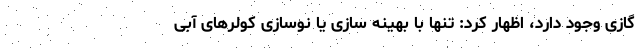
گازی وجود دارد، اظهار کرد: تنها با بهینه سازی یا نوسازی کولرهای آبی